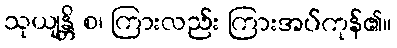
သုယျန္တိ စ၊ ကြားလည်း ကြားအပ်ကုန်၏။